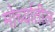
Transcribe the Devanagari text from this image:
मोर्च्यातील